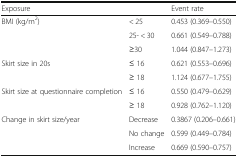
| <COLSPAN=2> Exposure | Event rate |
 | --- | --- | --- |
 | <ROWSPAN=3> BMI (kg/m2) | < 25 | 0.453 (0.369–0.550) |
 | 25- < 30 | 0.661 (0.549–0.788) |
 | ≥30 | 1.044 (0.847–1.273) |
 | <ROWSPAN=2> Skirt size in 20s | ≤ 16 | 0.621 (0.553–0.696) |
 | ≥ 18 | 1.124 (0.677–1.755) |
 | <ROWSPAN=2> Skirt size at questionnaire completion | ≤ 16 | 0.550 (0.479–0.629) |
 | ≥ 18 | 0.928 (0.762–1.120) |
 | <ROWSPAN=3> Change in skirt size/year | Decrease | 0.3867 (0.206–0.661) |
 | No change | 0.599 (0.449–0.784) |
 | Increase | 0.669 (0.590–0.757) |